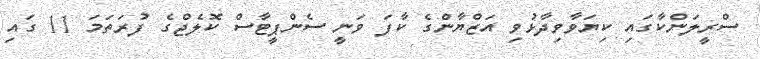
ސްރީލަންކާގައި ކިޔަވާވިދާޅުވި އަޒްޔާންގެ ކާފަ ވަނީ ސެންޕީޓާސް ކޮލެޖްގެ ފުރަތަމަ 11 ގައި